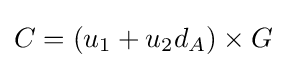
C=(u_{1}+u_{2}d_{A})\times G